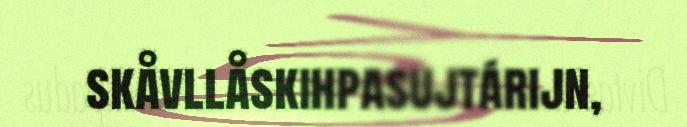
skåvllåskihpasujtárijn,